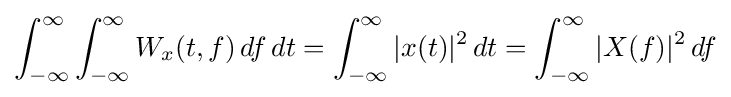
\int _{-\infty }^{\infty }\int _{-\infty }^{\infty }W_{x}(t,f)\,df\,dt=\int _{-\infty }^{\infty }|x(t)|^{2}\,dt=\int _{-\infty }^{\infty }|X(f)|^{2}\,df